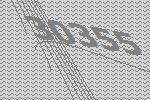
30355